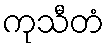
ကုသီတံ